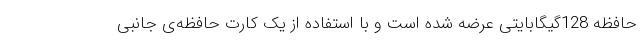
حافظه 128گیگابایتی عرضه شده است و با استفاده از یک کارت حافظه‌ی جانبی